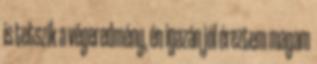
is tetszik a végeredmény, én igazán jól éreztem magam